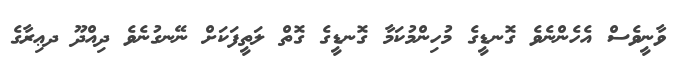
ވާނީވެސް އެހެންނެވެ ގޮނޑީގެ މުހިންމުކަމާ ގޮނޑީގެ ގޮތް ލަތީފަކަށް ނޭނގުނެވެ ދިއްދޫ ދޢިރާގެ